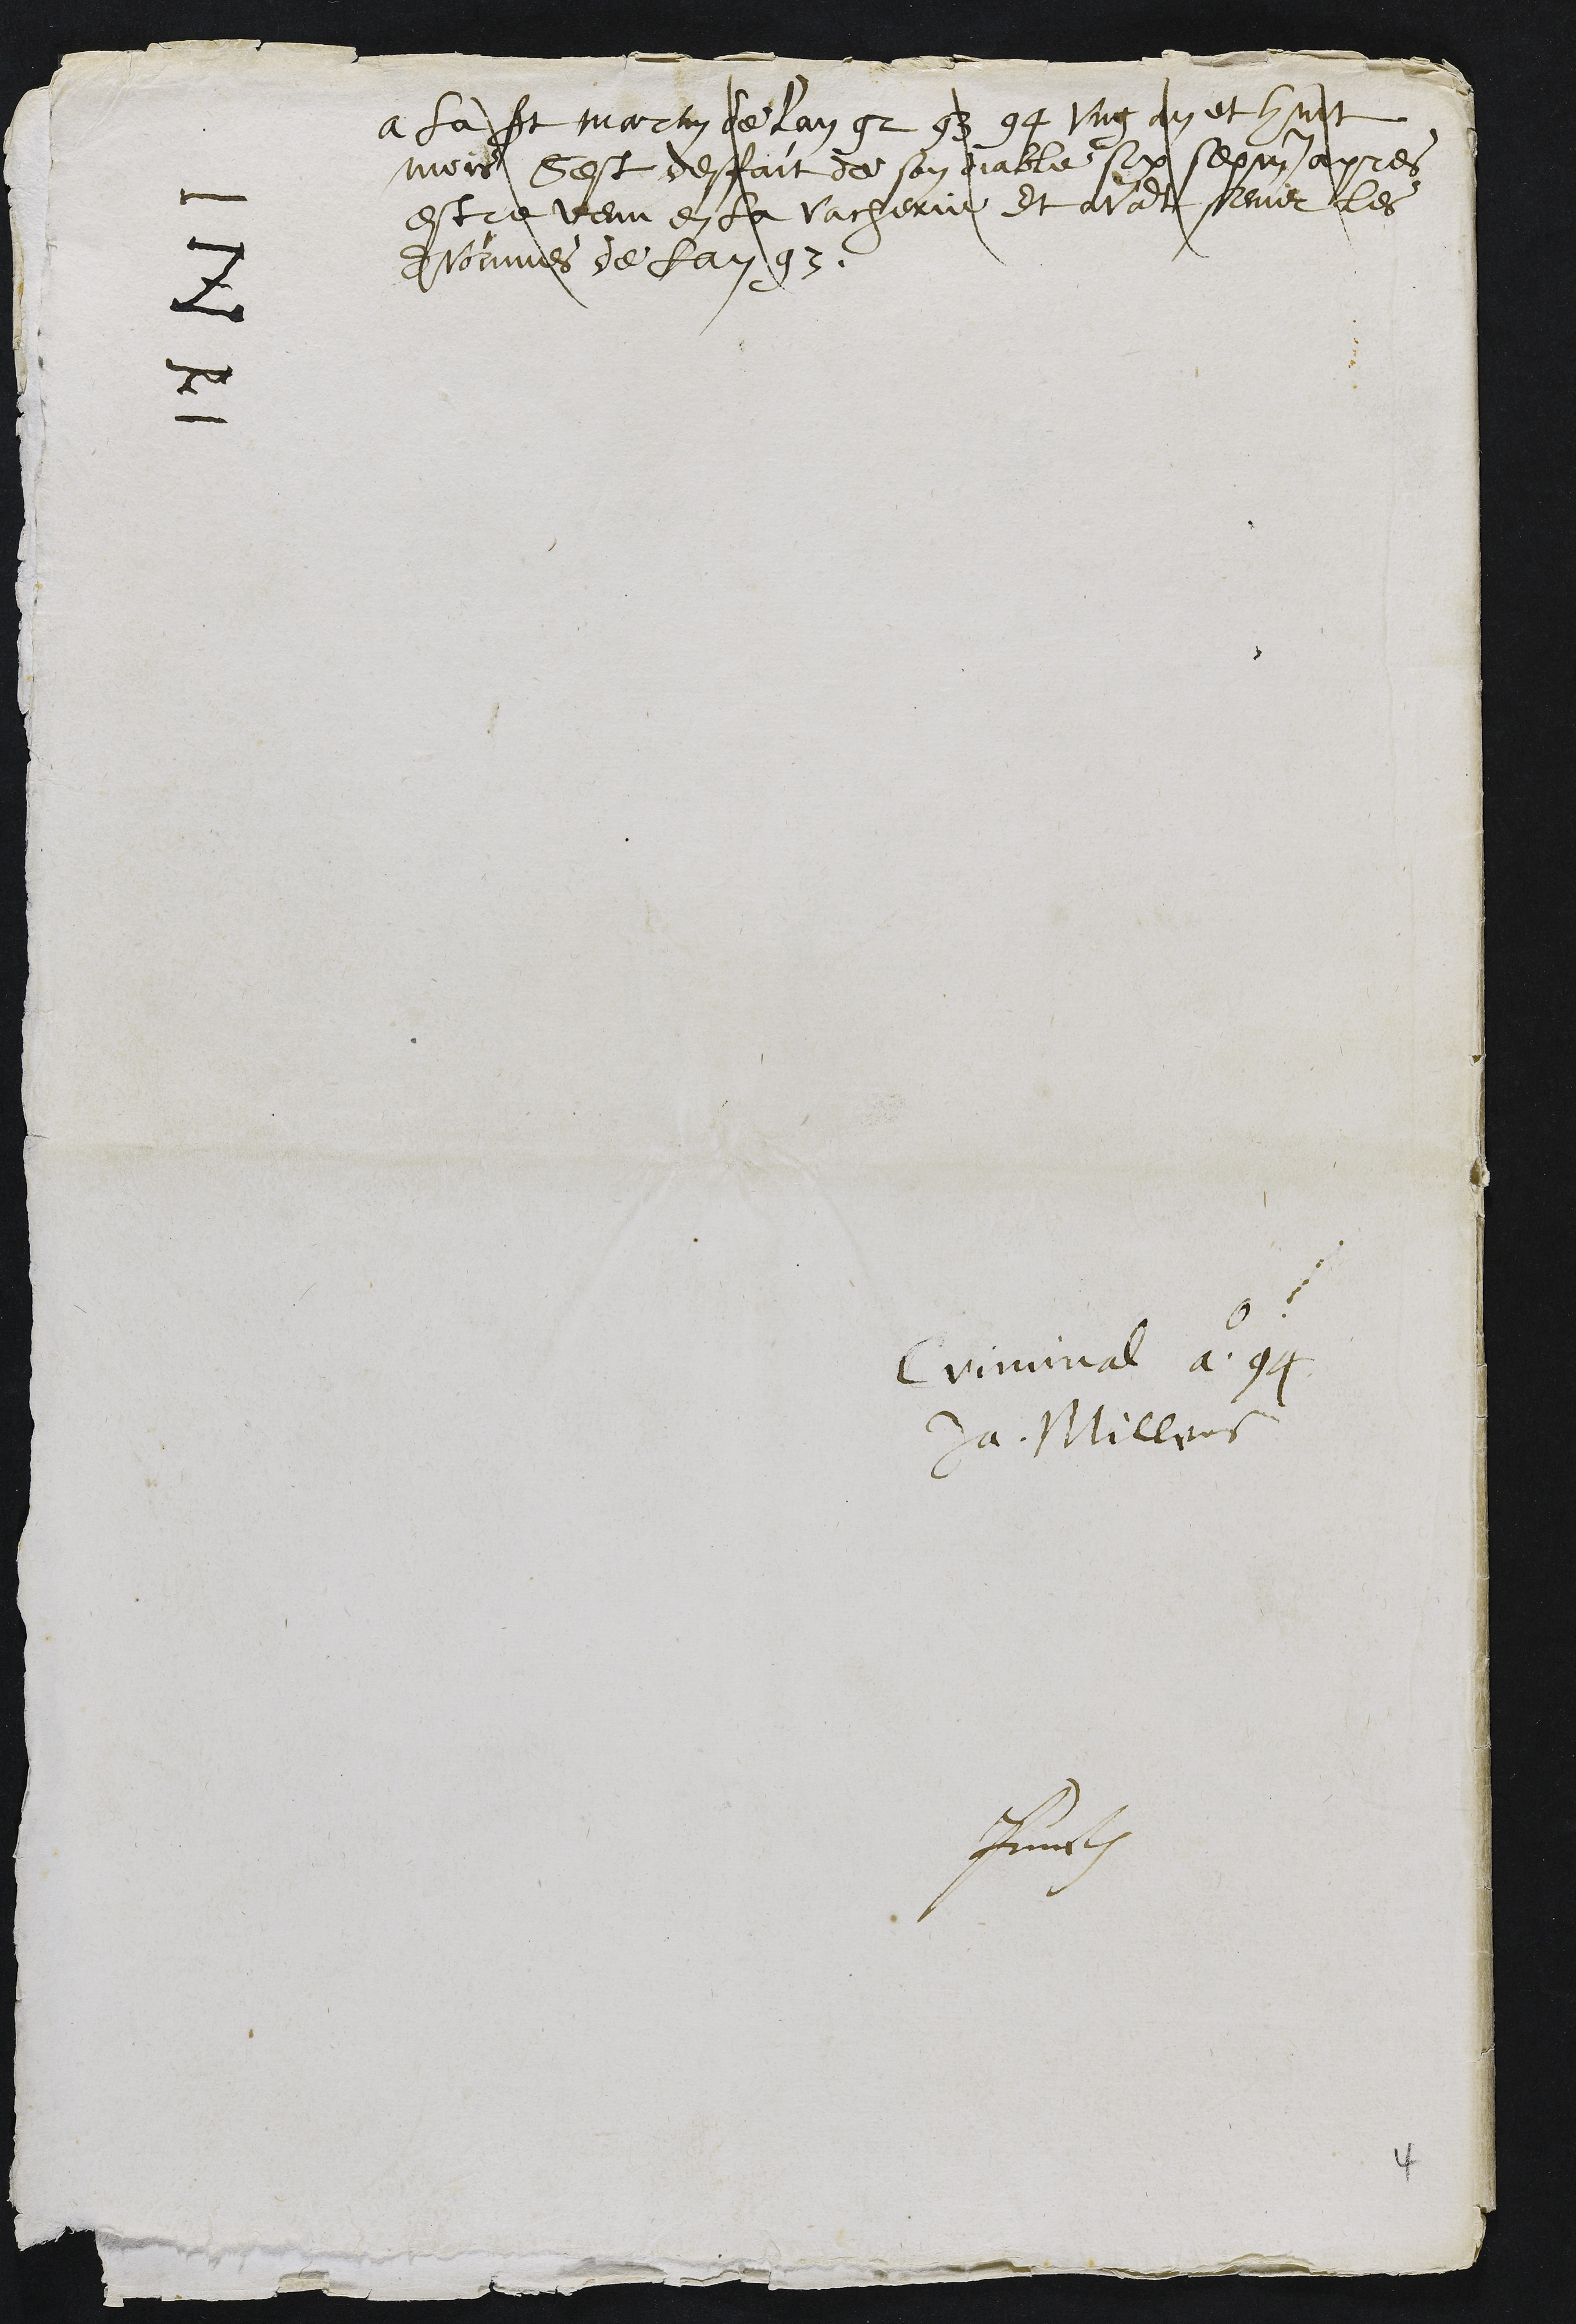
A la st Martin de lan 92 93 94 ung an et huit
mois sest desfait de son diable six sepm apres
estre venu en la vacherie et avant servir les
Avoinnes de lan 93
INRI
Criminal ao 94
Ja. Millers
Pruntrut

4